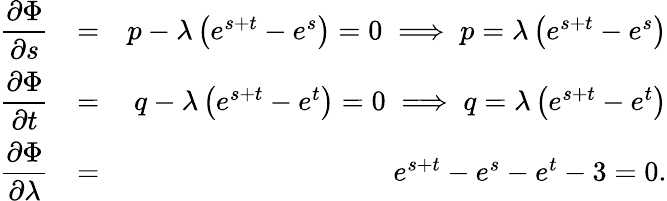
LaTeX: \begin{array}{rlr}{\displaystyle\frac{\partial\Phi}{\partial s}}&{=}&{p-\lambda\left(e^{s+t}-e^{s}\right)=0\implies p=\lambda\left(e^{s+t}-e^{s}\right)}\\ {\displaystyle\frac{\partial\Phi}{\partial t}}&{=}&{q-\lambda\left(e^{s+t}-e^{t}\right)=0\implies q=\lambda\left(e^{s+t}-e^{t}\right)}\\ {\displaystyle\frac{\partial\Phi}{\partial\lambda}}&{=}&{e^{s+t}-e^{s}-e^{t}-3=0.}\end{array}